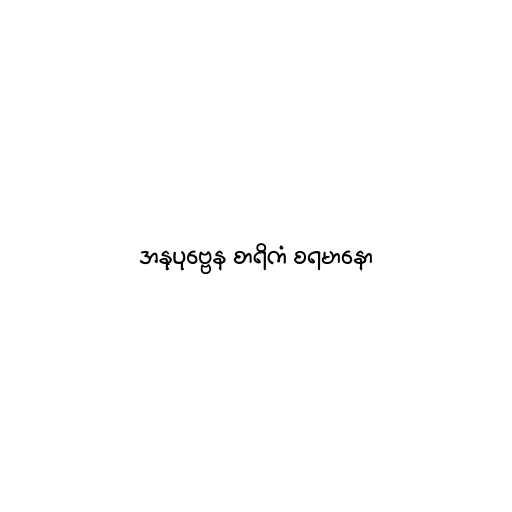
အနုပုဗ္ဗေန စာရိကံ စရမာနော